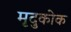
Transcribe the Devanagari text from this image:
मृदुकोक